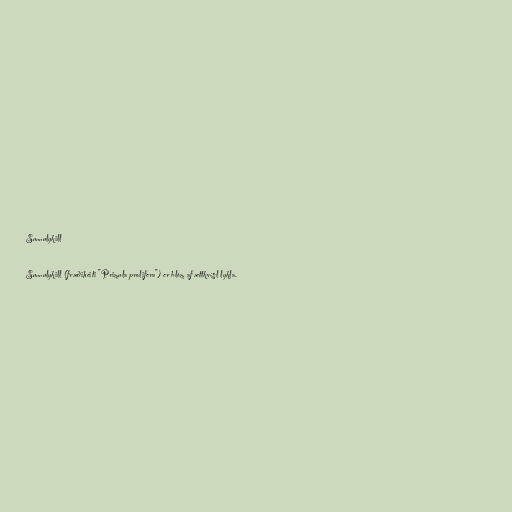
Sunnulykill

Sunnulykill (fræðiheiti "Primula prolifera") er blóm af ættkvísl lykla.